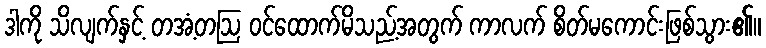
ဒါကို သိလျက်နှင့် တအံ့တဩ ဝင်ထောက်မိသည့်အတွက် ကာလက် စိတ်မကောင်းဖြစ်သွား၏။